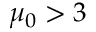
\mu _ { 0 } > 3